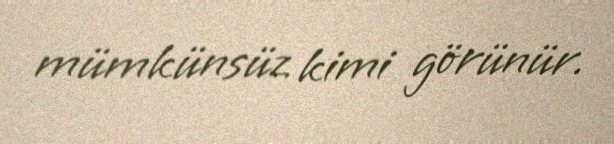
mümkünsüz kimi görünür.